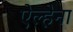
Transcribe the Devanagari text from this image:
ऐल्हेना